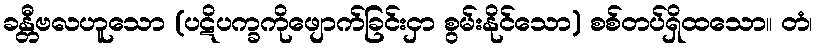
ခန္တီဗလဟူသော (ပဋိပက္ခကိုဖျောက်ခြင်းငှာ စွမ်းနိုင်သော) စစ်တပ်ရှိထသော။ တံ၊